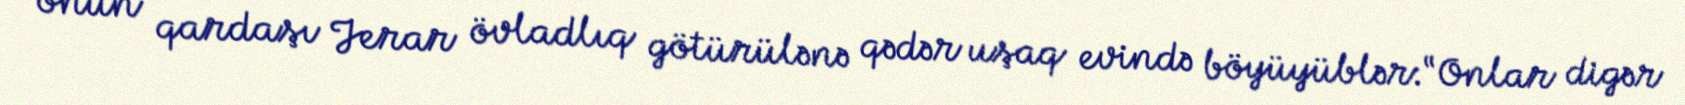
onun qardaşı Jerar övladlıq götürülənə qədər uşaq evində böyüyüblər:“Onlar digər